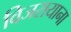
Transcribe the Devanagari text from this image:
विजरायाना